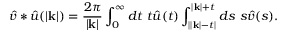
\hat { v } \ast \hat { u } ( | \mathbf k | ) = \frac { 2 \pi } { | \mathbf k | } \int _ { 0 } ^ { \infty } d t \ t \hat { u } ( t ) \int _ { | | \mathbf k | - t | } ^ { | \mathbf k | + t } d s \ s \hat { v } ( s ) .